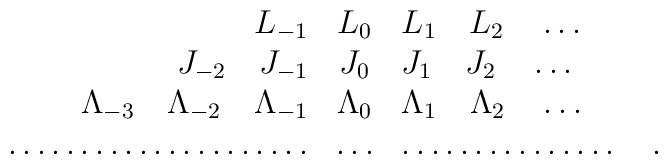
\begin{array}{rcl}       L_{-1}& L_{0} & L_{1}\quad L_{2} \quad \ldots \\   J_{-2}\quad J_{-1}& J_{0} & J_{1} \quad J_{2} \quad \ldots \\ \Lambda_{-3}\quad   \Lambda_{-2}\quad \Lambda_{-1}& \Lambda_{0} &\Lambda_{1} \quad \Lambda_{2} \quad \ldots \\ \ldots\ldots\ldots\ldots \ldots\ldots \ldots& \ldots &\ldots \ldots \ldots \ldots \ldots \quad .\end{array}